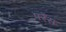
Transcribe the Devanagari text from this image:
परेंस